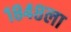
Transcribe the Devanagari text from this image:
१८४८ला